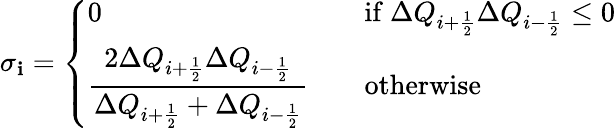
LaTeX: \sigma_{\mathbf{i}}=\left\{ \begin{array}{ll}{\displaystyle{0}\quad\quad\quad}&{\mathrm{if~}\Delta Q_{i+\frac{1}{2}}\Delta Q_{i-\frac{1}{2}}\leq 0}\\ {\displaystyle{\frac{2\Delta Q_{i+\frac{1}{2}}\Delta Q_{i-\frac{1}{2}}}{\Delta Q_{i+\frac{1}{2}}+\Delta Q_{i-\frac{1}{2}}}}\quad}&{\mathrm{otherwise~}}\end{array}\right.